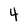
Character: 4